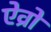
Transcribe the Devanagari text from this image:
ऐव्रो